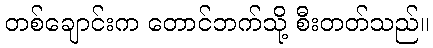
တစ်ချောင်းက တောင်ဘက်သို့ စီးတတ်သည်။